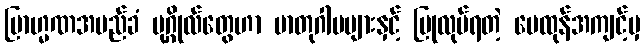
ဗြာဟ္မဏအမည်ခံ ပုဂ္ဂိုလ်တွေဟာ မာတုဂါမများနှင့် ပြုလုပ်ရတဲ့ မေထုန်အကျင့်မှ